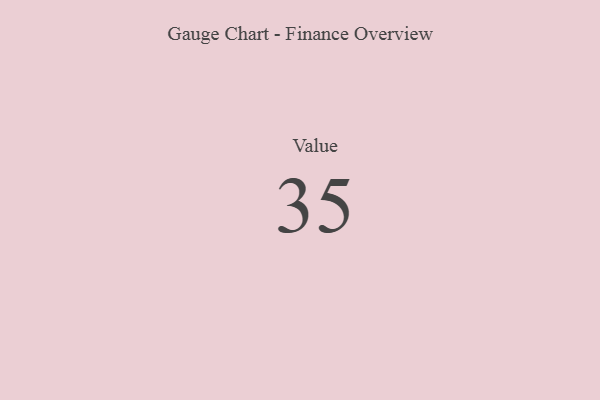
{"axis": {"x": "Metric", "y": "Value"}, "legend": [""], "data": [{"x": "Value", "y": 35, "type": ""}]}